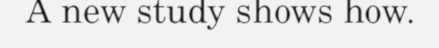
A new study shows how.